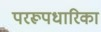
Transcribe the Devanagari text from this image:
पररूपधारिका